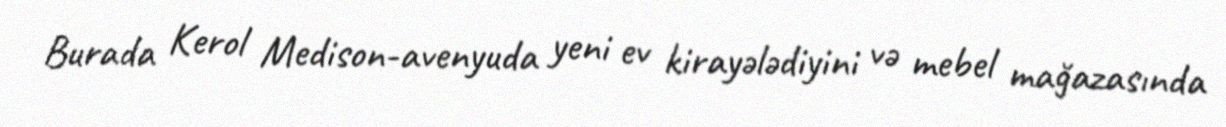
Burada Kerol Medison-avenyuda yeni ev kirayələdiyini və mebel mağazasında